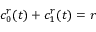
c _ { 0 } ^ { r } ( t ) + c _ { 1 } ^ { r } ( t ) = r